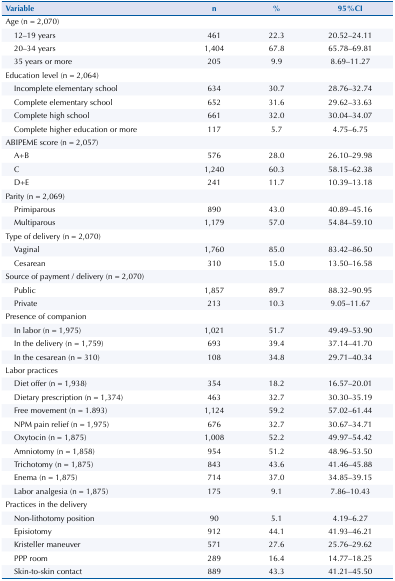
<table><thead><tr><td colspan="2"><b>Variable</b></td><td><b>n</b></td><td><b>%</b></td><td><b>95%CI</b></td></tr></thead><tbody><tr><td colspan="2">Age (n = 2,070)</td><td></td><td></td><td></td></tr><tr><td></td><td>12–19 years</td><td>461</td><td>22.3</td><td>20.52-24.11</td></tr><tr><td></td><td>20–34 years</td><td>1,404</td><td>67.8</td><td>65.78-69.81</td></tr><tr><td></td><td>35 years or more</td><td>205</td><td>9.9</td><td>8.69-11.27</td></tr><tr><td colspan="2">Education level (n = 2,064)</td><td></td><td></td><td></td></tr><tr><td></td><td>Incomplete elementary school</td><td>634</td><td>30.7</td><td>28.76-32.74</td></tr><tr><td></td><td>Complete elementary school</td><td>652</td><td>31.6</td><td>29.62-33.63</td></tr><tr><td></td><td>Complete high school</td><td>661</td><td>32.0</td><td>30.04-34.07</td></tr><tr><td></td><td>Complete higher education or more</td><td>117</td><td>5.7</td><td>4.75-6.75</td></tr><tr><td colspan="2">ABIPEME score (n = 2,057)</td><td></td><td></td><td></td></tr><tr><td></td><td>A+B</td><td>576</td><td>28.0</td><td>26.10-29.98</td></tr><tr><td></td><td>C</td><td>1,240</td><td>60.3</td><td>58.15-62.38</td></tr><tr><td></td><td>D+E</td><td>241</td><td>11.7</td><td>10.39-13.18</td></tr><tr><td colspan="2">Parity (n = 2,069)</td><td></td><td></td><td></td></tr><tr><td></td><td>Primiparous</td><td>890</td><td>43.0</td><td>40.89-45.16</td></tr><tr><td></td><td>Multiparous</td><td>1,179</td><td>57.0</td><td>54.84-59.10</td></tr><tr><td colspan="2">Type of delivery (n = 2,070)</td><td></td><td></td><td></td></tr><tr><td></td><td>Vaginal</td><td>1,760</td><td>85.0</td><td>83.42-86.50</td></tr><tr><td></td><td>Cesarean</td><td>310</td><td>15.0</td><td>13.50-16.58</td></tr><tr><td colspan="2">Source of payment / delivery (n = 2,070)</td><td></td><td></td><td></td></tr><tr><td></td><td>Public</td><td>1,857</td><td>89.7</td><td>88.32-90.95</td></tr><tr><td></td><td>Private</td><td>213</td><td>10.3</td><td>9.05-11.67</td></tr><tr><td colspan="2">Presence of companion</td><td></td><td></td><td></td></tr><tr><td></td><td>In labor (n = 1,975)</td><td>1,021</td><td>51.7</td><td>49.49-53.90</td></tr><tr><td></td><td>In the delivery (n = 1,759)</td><td>693</td><td>39.4</td><td>37.14-41.70</td></tr><tr><td></td><td>In the cesarean (n = 310)</td><td>108</td><td>34.8</td><td>29.71-40.34</td></tr><tr><td colspan="2">Labor practices</td><td></td><td></td><td></td></tr><tr><td></td><td>Diet offer (n = 1,938)</td><td>354</td><td>18.2</td><td>16.57-20.01</td></tr><tr><td></td><td>Dietary prescription (n = 1,374)</td><td>463</td><td>32.7</td><td>30.30-35.19</td></tr><tr><td></td><td>Free movement (n = 1.893)</td><td>1,124</td><td>59.2</td><td>57.02-61.44</td></tr><tr><td></td><td>NPM pain relief (n = 1,975)</td><td>676</td><td>32.7</td><td>30.67-34.71</td></tr><tr><td></td><td>Oxytocin (n = 1,875)</td><td>1,008</td><td>52.2</td><td>49.97-54.42</td></tr><tr><td></td><td>Amniotomy (n = 1,858)</td><td>954</td><td>51.2</td><td>48.96-53.50</td></tr><tr><td></td><td>Trichotomy (n = 1,875)</td><td>843</td><td>43.6</td><td>41.46-45.88</td></tr><tr><td></td><td>Enema (n = 1,875)</td><td>714</td><td>37.0</td><td>34.85-39.15</td></tr><tr><td></td><td>Labor analgesia (n = 1,875)</td><td>175</td><td>9.1</td><td>7.86-10.43</td></tr><tr><td colspan="2">Practices in the delivery</td><td></td><td></td><td></td></tr><tr><td></td><td>Non-lithotomy position</td><td>90</td><td>5.1</td><td>4.19-6.27</td></tr><tr><td></td><td>Episiotomy</td><td>912</td><td>44.1</td><td>41.93-46.21</td></tr><tr><td></td><td>Kristeller maneuver</td><td>571</td><td>27.6</td><td>25.76-29.62</td></tr><tr><td></td><td>PPP room</td><td>289</td><td>16.4</td><td>14.77-18.25</td></tr><tr><td></td><td>Skin-to-skin contact</td><td>889</td><td>43.3</td><td>41.21-45.50</td></tr></tbody></table>